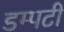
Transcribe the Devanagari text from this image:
डम्पटी